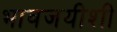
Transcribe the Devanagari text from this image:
भावजयीशी